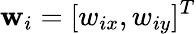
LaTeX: \mathbf{w}_{i}=[w_{ix},w_{iy}]^{T}